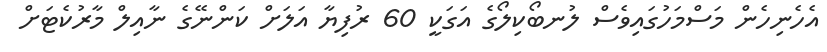
އެހެނިހެން މަސްމަހުގައިވެސް ލުނބޯކިލޯގެ އަގަކީ 60 ރުފިޔާ އަލަށް ކަންނޭގެ ނާއިލް މާރުކެޓަށް